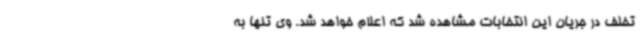
تخلف در جریان این انتخابات مشاهده شد که اعلام خواهد شد. وی تنها به